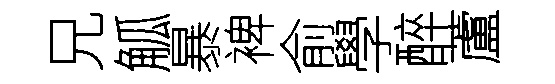
兄觚暴裨俞學醉蘆